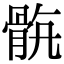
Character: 𩨺